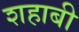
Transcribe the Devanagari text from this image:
शहाबी